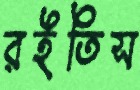
রইতিস